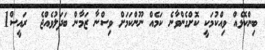
ބިންކޮޅެއް ވިއްކުމަކީ ކޮށްގެންވާނެ ކަމެއް ނޫންކަމަށް ވިސްނާ ޒަމާން ބަދަލުވެއްޖެ  ރައީސް1